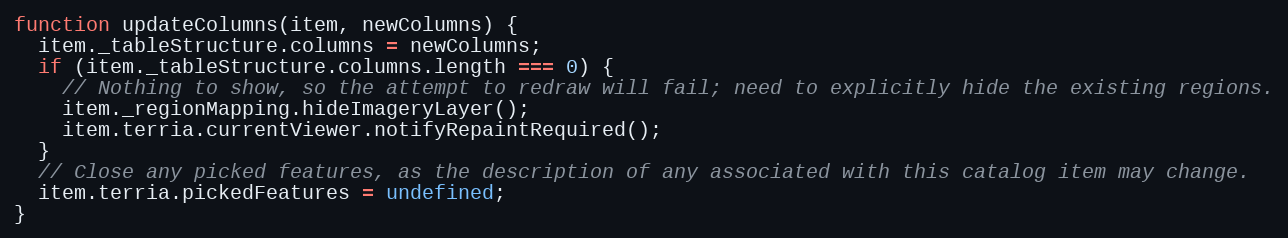
Language: JavaScript
function updateColumns(item, newColumns) {
  item._tableStructure.columns = newColumns;
  if (item._tableStructure.columns.length === 0) {
    // Nothing to show, so the attempt to redraw will fail; need to explicitly hide the existing regions.
    item._regionMapping.hideImageryLayer();
    item.terria.currentViewer.notifyRepaintRequired();
  }
  // Close any picked features, as the description of any associated with this catalog item may change.
  item.terria.pickedFeatures = undefined;
}